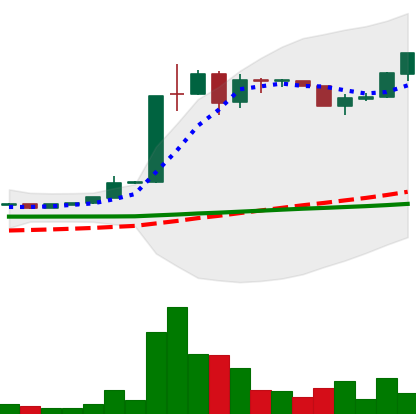
Ticker: LTC-USD
Chart end date: 2015-06-28
Forward return: 24.487%
Label: up_7plus